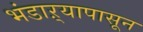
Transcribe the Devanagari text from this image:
भंडाऱ्यापासून